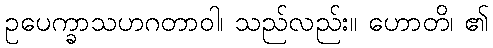
ဥပေက္ခာသဟဂတာဝါ၊ သည်လည်း။ ဟောတိ၊ ၏